Bombay plague: being a history of the progress of plague in the Bombay presidency from September 1896 to June 1899
Year: 1896
Disease focus: Plague
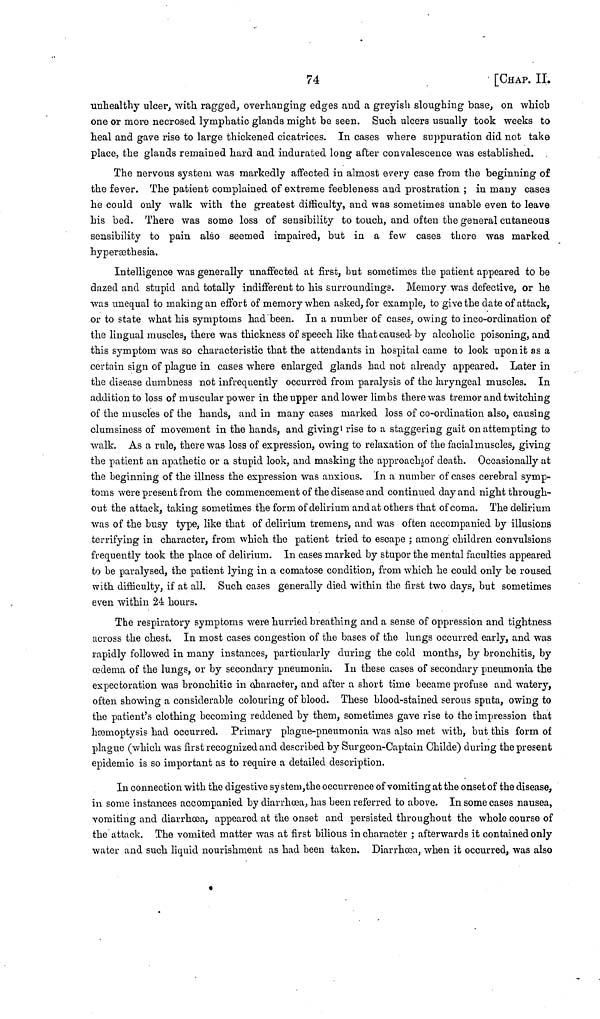
74
[CHAP. II.
unhealthy ulcer, with ragged, overhanging edges and a greyish sloughing base, on which
one or more necrosed lymphatic glands might be seen. Such ulcers usually took weeks to
heal and gave rise to large thickened cicatrices. In cases where suppuration did not take
place, the glands remained hard and indurated long after convalescence was established.
The nervous system was markedly affected in almost every case from the beginning of
the fever. The patient complained of extreme feebleness and prostration ; in many cases
he could only walk with the greatest difficulty, and was sometimes unable even to leave
his bed. There was some loss of sensibility to touch, and often the general cutaneous
sensibility to pain also seemed impaired, but in a few cases there was marked
hyperæthesia.
Intelligence was generally unaffected at first, hut sometimes the patient appeared to be
dazed and stupid and totally indifferent to his surroundings. Memory was defective, or he
was unequal to making an effort of memory when asked, for example, to give the date of attack,
or to state what his symptoms had been. In a number of cases, owing to inco-ordination of
the lingual muscles, there was thickness of speech like that caused by alcoholic poisoning, and
this symptom was so characteristic that the attendants in hospital carne to look upon it as a
certain sign of plague in cases where enlarged glands had not already appeared. Later in
the disease dumbness not infrequently occurred from paralysis of the laryngeal muscles. In
addition to loss of muscular power in the upper and lower limbs there was tremor and twitching
of the muscles of the hands, and in many cases marked loss of co-ordination also, causing
clumsiness of movement in the hands, and giving ι rise to a staggering gait on attempting to
walk. As a rule, there was loss of expression, owing to relaxation of the facial muscles, giving
the patient an apathetic or a stupid look, and masking the approach of death. Occasionally at
the beginning of the illness the expression was anxious. In a number of cases cerebral symp-
toms were present from the commencement of the disease and continued day and night through-
out the attack, taking sometimes the form of delirium and at others that of coma. The delirium
was of the busy type, like that of delirium tremens, and was often accompanied by illusions
terrifying in character, from which the patient tried to escape ; among children convulsions
frequently took the place of delirium. In cases marked by stupor the mental faculties appeared
to be paralysed, the patient lying in a comatose condition, from which he could only be roused
with difficulty, if at all. Such cases generally died within the first two days, but sometimes
even within 24 hours.
The respiratory symptoms were hurried breathing and a sense of oppression and tightness
across the chest. In most cases congestion of the bases of the lungs occurred early, and was
rapidly followed in many instances, particularly during the cold months, by bronchitis, by
œdema of the lungs, or by secondary pneumonia. In these cases of secondary pneumonia the
expectoration was bronchitic in character, and after a short time became profuse and watery,
often showing a considerable colouring of blood. These blood-stained serous sputa, owing to
the patient's clothing becoming reddened by them, sometimes gave rise to the impression that
haemoptysis had occurred. Primary plague-pneumonia was also met with, but this form of
plague (which was first recognized and described by Surgeon-Captain Childe) during the present
epidemic is so important as to require a detailed description.
In connection with the digestive system, the occurrence of vomiting at the onset of the disease,
in some instances accompanied by diarrhoea, has been referred to above. In some cases nausea,
vomiting and diarrhoea, appeared at the onset and persisted throughout the whole course of
the attack. The vomited matter was at first bilious in character ; afterwards it contained only
water and such liquid nourishment as had been taken. Diarrhæa, when it occurred, was also